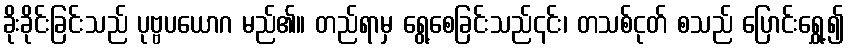
ခိုးခိုင်းခြင်းသည် ပုဗ္ဗပယောဂ မည်၏။ တည်ရာမှ ရွေ့စေခြင်းသည်၎င်း၊ တသစ်ငုတ် စသည် ပြောင်းရွှေ့၍